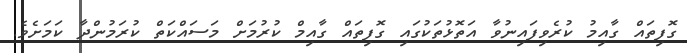
ގޮފިތައް ގާއިމު ކުރެވިފައިނުވާ އަތޮޅުތަކުގައި ގޮފިތައް ގާއިމް ކުރުމަށް މަސައްކަތް ކުރަމުންދާ ކަމަށެވެ.